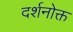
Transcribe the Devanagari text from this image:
दर्शनोक्त